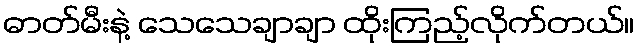
ဓာတ်မီးနဲ့ သေသေချာချာ ထိုးကြည့်လိုက်တယ်။